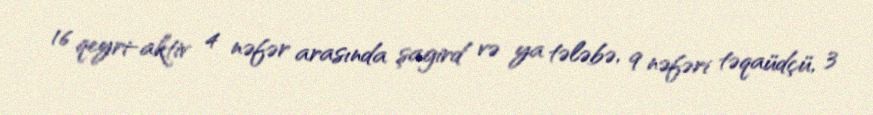
16 qeyri-aktiv 4 nəfər arasında şagird və ya tələbə, 9 nəfəri təqaüdçü, 3